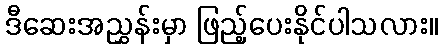
ဒီဆေးအညွှန်းမှာ ဖြည့်ပေးနိုင်ပါသလား။